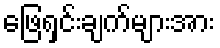
ဖြေရှင်းချက်များအား